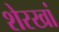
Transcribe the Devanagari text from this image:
शेरखां